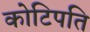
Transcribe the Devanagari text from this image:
कोटिपति